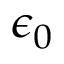
\epsilon _ { 0 }